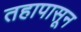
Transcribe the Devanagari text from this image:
तहापासून